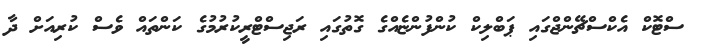
ސްޓޮކް އެކްސްޗޭންޖްގައި ޕަބްލިކް ކުންފުންޏެއްގެ ގޮތުގައި ރަޖިސްޓްރީކުރުމުގެ ކަންތައް ވެސް ކުރިއަށް ދާ